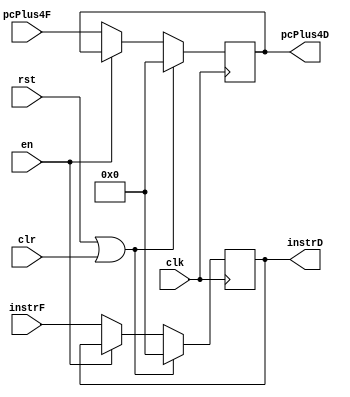
//========== Decode Register ==========//
//inputs at fetch stage, outputs at decode stage
module regDecode(
	input clk,
	input rst, 
	input clr,	//flush signal
	input en,	//enable signal for stall
	input [31:0] instrF, 
	input [31:0] pcPlus4F,
	output reg [31:0] instrD, 
	output reg [31:0] pcPlus4D);
							
always @(posedge clk) begin
	if (rst || clr) begin	//reset or flush
		instrD <= 0;
		pcPlus4D <= 0;
	end
	else begin
		if (~en) begin		//stall when enable is low
			instrD <= instrF;
			pcPlus4D <= pcPlus4F;
		end
	end
end

endmodule